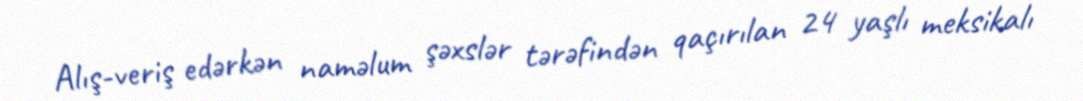
Alış-veriş edərkən naməlum şəxslər tərəfindən qaçırılan 24 yaşlı meksikalı